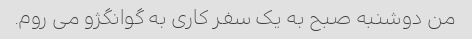
من دوشنبه صبح به یک سفر کاری به گوانگژو می روم.